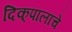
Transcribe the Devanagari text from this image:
दिक्‌पालांचे